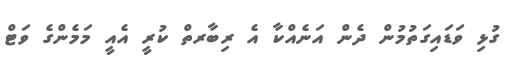
ގުޅި ވަޑައިގަތުމުން ދެން އަނެއްކާ އެ ރިބާރތް ކުރީ އެއީ މަމެންގެ ވަޓް